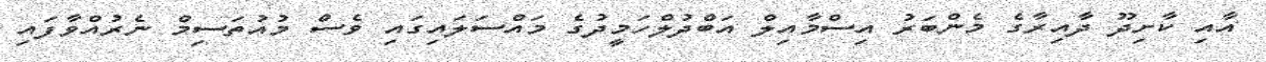
އާއި ކާށިދޫ ދާއިރާގެ މެންބަރު އިސްމާއިލް އަބްދުލްހަމީދުގެ މައްސަލައިގައި ވެސް މުއުތަސިމް ނެރުއްވާފައި